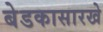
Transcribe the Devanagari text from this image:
बेडकासारखे